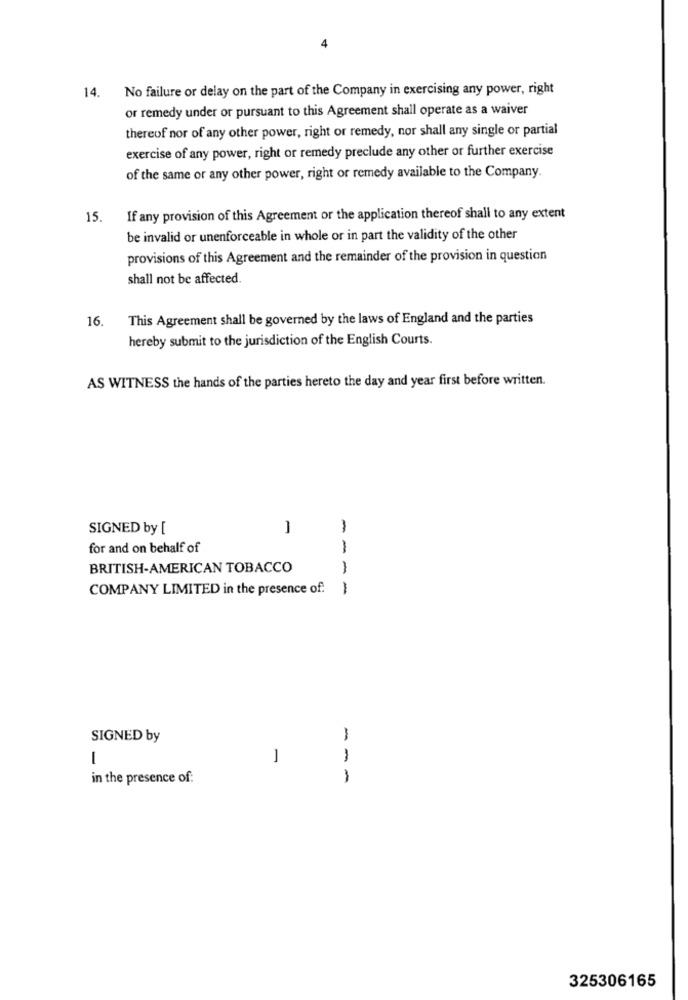
No failure or delay on the part of the Company in exercising any power, right
14.
or remedy under or pursuant to this Agreement shall operate as a waiver
thereof nor of any other power, right or remedy, nor shall any single or partial
exercise of any power, right or remedy preclude any other or further exercise
of the same or any other power, right or remedy available to the Company.
15.
If any provision of this Agreement or the application thereof shall to any extent
be invalid or unenforceable in whole or in part the validity of the other
provisions of this Agreement and the remainder of the provision in question
shall not be affected.
16.
This Agreement shall be governed by the laws of England and the parties
hereby submit to the jurisdiction of the English Courts.
AS WITNESS the hands of the parties hereto the day and year first before written.
SIGNED by [
-
for and on behalf of
--
BRITISH-AMERICAN TOBACCO
COMPANY LIMITED in the presence of:
--
SIGNED by
-
-
-
in the presence of:
325306165